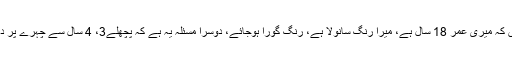
محمد فیاض خالق ،سرگودھا سے لکھتے ہیں کہ میری عمر 18 سال ہے، میرا رنگ سانولا ہے، رنگ گورا ہوجائے، دوسرا مسئلہ یہ ہے کہ پچھلے3، 4 سال سے چہرے پر دانے نکل رہے ہیں جو داغ چھوڑ جاتے ہیں۔